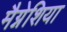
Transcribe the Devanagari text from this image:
मैग्नेशिया